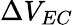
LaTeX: \Delta V_{EC}